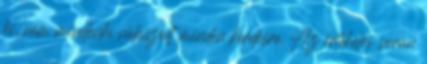
ki, nem mindenki válaszolt minden kérdésre. Az értékelés során